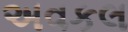
અવકલ